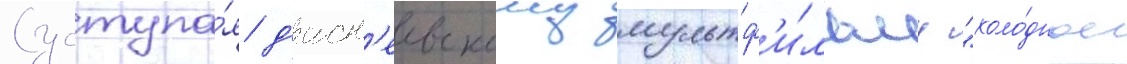
(уступа́я д'исн'еевскому мультф'и́льму "холо́дное